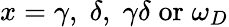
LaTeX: x=\gamma,\; \delta,\; \gamma\delta\; \mathrm{or}\; \omega_{D}